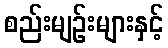
စည်းမျဉ်းများနှင့်